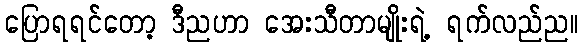
ပြောရရင်တော့ ဒီညဟာ အေးသီတာမျိုးရဲ့ ရက်လည်ည။